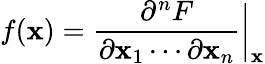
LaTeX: f(\mathbf{x})={\frac{{\partial^{n}F}}{{\partial\mathbf{x}_{1}\cdots\partial\mathbf{x}_{n}}}}{\bigg|}_{\mathbf{x}}